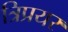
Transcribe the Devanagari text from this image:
त्रिप्रयर